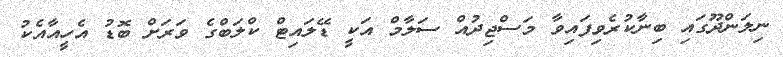
ނިލަންދޫގައި ބިނާކުރެވިފައިވާ މަސްޖިދުއް ސަލާމް އަކީ ޑޭލައިޓް ކްލަބްގެ ވަރަށް ބޮޑު އެހީއާއެކު